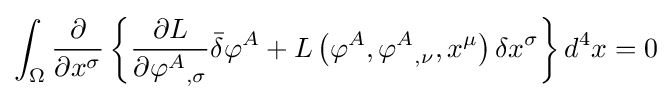
\int _{\Omega }{\frac {\partial }{\partial x^{\sigma }}}\left\{{\frac {\partial L}{\partial {\varphi ^{A}}_{,\sigma }}}{\bar {\delta }}\varphi ^{A}+L\left(\varphi ^{A},{\varphi ^{A}}_{,\nu },x^{\mu }\right)\delta x^{\sigma }\right\}d^{4}x=0